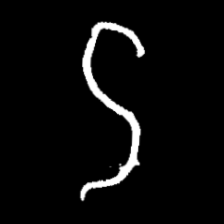
Pyu character \u2014 Myanmar letter: ဌ (romanized: ttha)